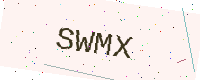
Text: SWMX